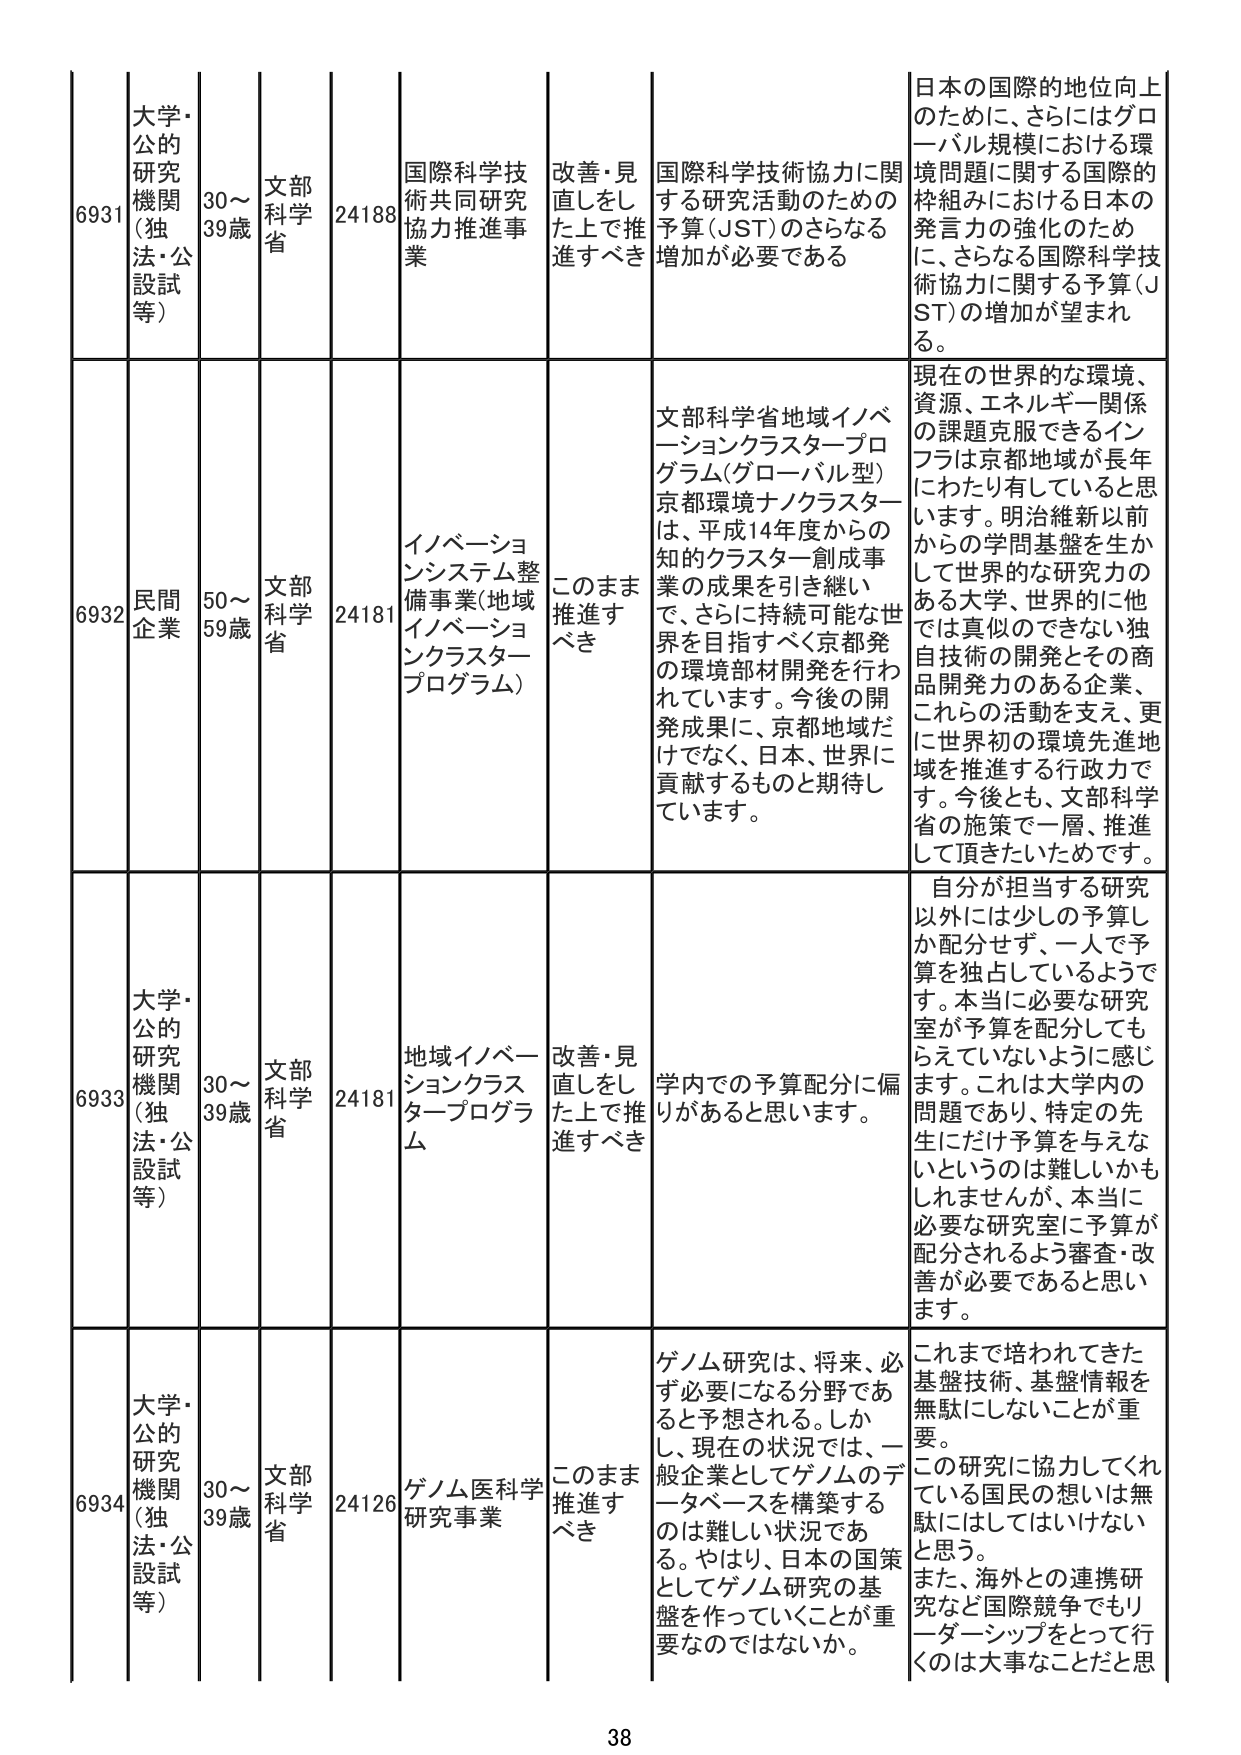
6931 大学・公的研究機関（独法・公設試等） 30～39歳 文部科学省 24188 国際科学技術共同研究協力推進事業 改善・見直しをした上で推進すべき 国際科学技術協力に関する研究活動のための予算（JST）のさらなる増加が必要である 日本の国際的地位向上のために、さらにはグローバル規模における環境問題に関する国際的枠組みにおける日本の発言力の強化のために、さらなる国際科学技術協力に関する予算（JST）の増加が望まれる。

6932 民間企業 50～59歳 文部科学省 24181 イノベーションシステム整備事業（地域イノベーションクラスタープログラム） このまま推進すべき 文部科学省地域イノベーションクラスタープログラム（グローバル型）京都環境ナノクラスターは、平成14年度からの知的クラスター創成事業の成果を引き継いで、さらに持続可能な世界を目指すべく京都発の環境部材開発を行われています。今後の開発成果に、京都地域だけでなく、日本、世界に貢献するものと期待しています。 現在の世界的な環境、資源、エネルギー関係の課題克服できるインフラは京都地域が長年にわたり有していると思います。明治維新以前からの学問基盤を生かして世界的な研究力のある大学、世界的に他では真似のできない独自技術の開発とその商品開発力のある企業、これらの活動を支え、更に世界初の環境先進地域を推進する行政です。今後とも、文部科学省の施策で一層、推進して頂きたいためです。

6933 大学・公的研究機関（独法・公設試等） 30～39歳 文部科学省 24181 地域イノベーションクラスタープログラム 改善・見直しをした上で推進すべき 学内での予算配分に偏りがあると思います。 自分が担当する研究以外には少しの予算しか配分せず、一人で予算を独占しているようです。本当に必要な研究室が予算を配分してもらえていないように感じます。これは大学内の問題であり、特定の先生にだけ予算を与えないというのは難しいかもしれませんが、本当に必要な研究室に予算が配分されるよう審査・改善が必要であると思います。

6934 大学・公的研究機関（独法・公設試等） 30～39歳 文部科学省 24126 ゲノム医科学研究事業 このまま推進すべき ゲノム研究は、将来、必ず必要になる分野であると予想される。しかし、現在の状況では、一般企業としてゲノムのデータベースを構築するのは難しい状況である。やはり、日本の国策としてゲノム研究の基盤を作っていくことが重要なのではないか。 これまで培われてきた基盤技術、基盤情報を無駄にしないことが重要。この研究に協力してくれている国民の想いは無駄にはしてはいけないと思う。また、海外との連携研究など国際競争でもリーダーシップをとって行くのは大事なことだと思う。

38